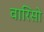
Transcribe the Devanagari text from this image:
वारिसो